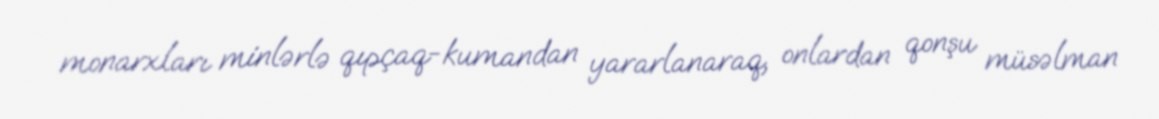
monarxları minlərlə qıpçaq-kumandan yararlanaraq, onlardan qonşu müsəlman